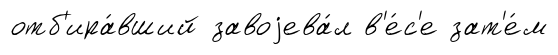
отб'ира́вший завоjева́л в'е́с'е зат'е́м